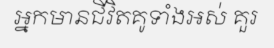
អ្នកមានជីវិតគូទាំងអស់ គួរ